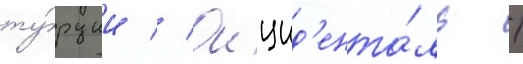
ту́рции // Окцид'ента́ль /